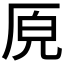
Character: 𭆅